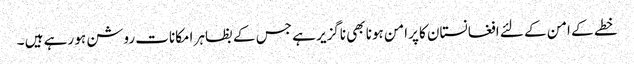
خطے کے امن کے لئے افغانستان کا پرامن ہونا بھی ناگزیر ہے جس کے بظاہر امکانات روشن ہو رہے ہیں ۔